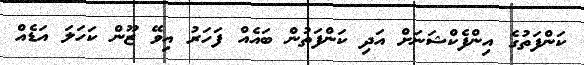
ކަންފަތުގެ އިންފެކްޝަނަށް އަދި ކަންފަތުން ބައެއް ފަހަރު އިވޭ ޒޫން ކަހަލަ އަޑެއް